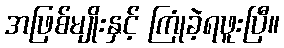
အဖြစ်မျိုးနှင့် ကြုံခဲ့ရဖူးပြီ။